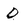
Character: D